Triennial report on the lunatic asylums in the province of Eastern Bengal and Assam - 1903-1911
Year: 1903
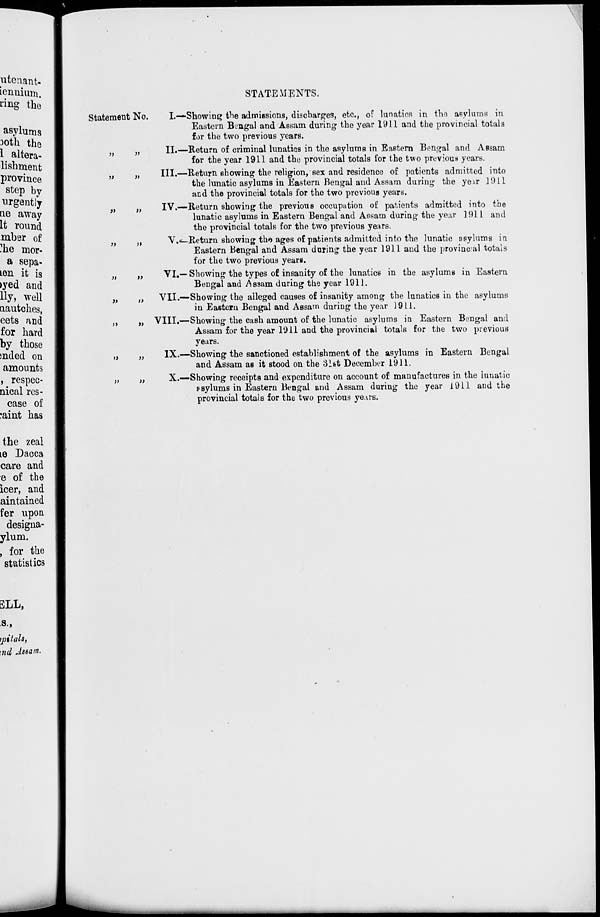
STATEMENTS.
Statement No.
„ „
„ „
„ „
„ „
„ „
„ „
„ „
„ „
„ „
I.—Showing the admissions, discharges, etc., of lunatics in the asylums in
Eastern Bengal and Assam during the year 1911 and the provincial totals
for the two previous years.
II.—Return of criminal lunatics in the asylums in Eastern Bengal and Assam
for the year 1911 and the provincial totals for the two previous years.
III.—Return showing the religion, sex and residence of patients admitted into
the lunatic asylums in Eastern Bengal and Assam during the year 1911
and the provincial totals for the two previous years.
IV.—Return showing the previous occupation of patients admitted into the
lunatic asylums in Eastern Bengal and Assam during the year 1911 and
the provincial totals for the two previous years.
V.—Return showing the ages of patients admitted into the lunatic asylums in
Eastern Bengal and Assam during the year 1911 and the provincial totals
for the two previous years.
VI.— Showing the types of insanity of the lunatics in the asylums in Eastern
Bengal and Assam during the year 1911.
VII.—Showing the alleged causes of insanity among the lunatics in the asylums
in Eastern Bengal and Assam during the year 1911.
VIII.—Showing the cash amount of the lunatic asylums in Eastern Bengal and
Assam for the year 1911 and the provincial totals for the two previous
years.
IX.—Showing the sanctioned establishment of the asylums in Eastern Bengal
and Assam as it stood on the 31st December 1911.
X.—Showing receipts and expenditure on account of manufactures in the lunatic
asylums in Eastern Bengal and Assam during the year 1911 and the
provincial totals for the two previous years.